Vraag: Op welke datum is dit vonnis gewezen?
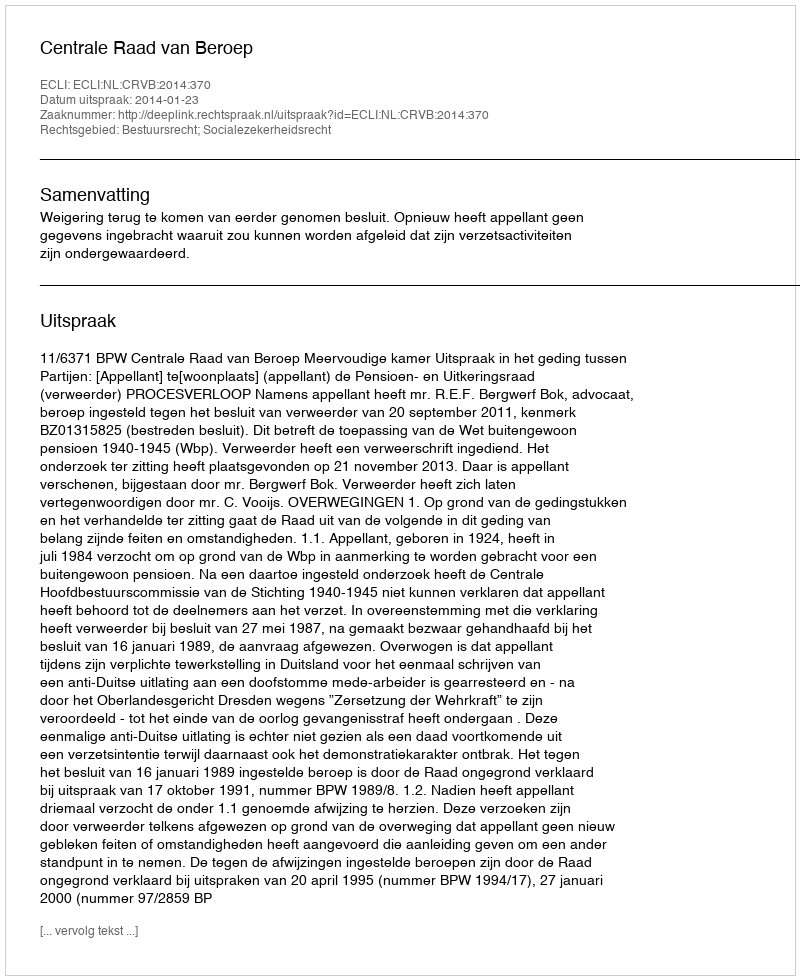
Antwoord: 2014-01-23